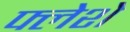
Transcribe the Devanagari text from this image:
फ्लेशे